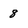
Character: 8